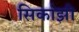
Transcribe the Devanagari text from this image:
सिर्काझी